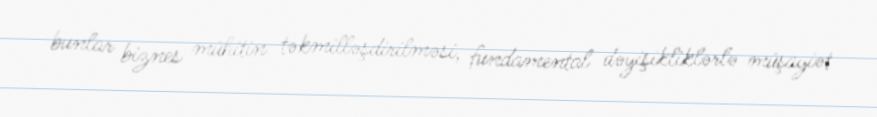
bunlar biznes mühitin təkmilləşdirilməsi, fundamental dəyişikliklərlə müşayiət